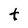
Character: t